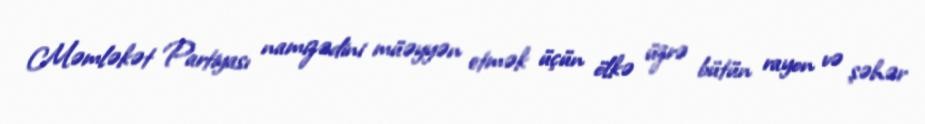
Məmləkət Partiyası namizədini müəyyən etmək üçün ölkə üzrə bütün rayon və şəhər